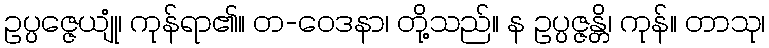
ဥပ္ပဇ္ဇေယျုံ၊ ကုန်ရာ၏။ တ-ဝေဒနာ၊ တို့သည်။ န ဥပ္ပဇ္ဇန္တိ၊ ကုန်။ တာသု၊